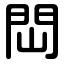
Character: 閊